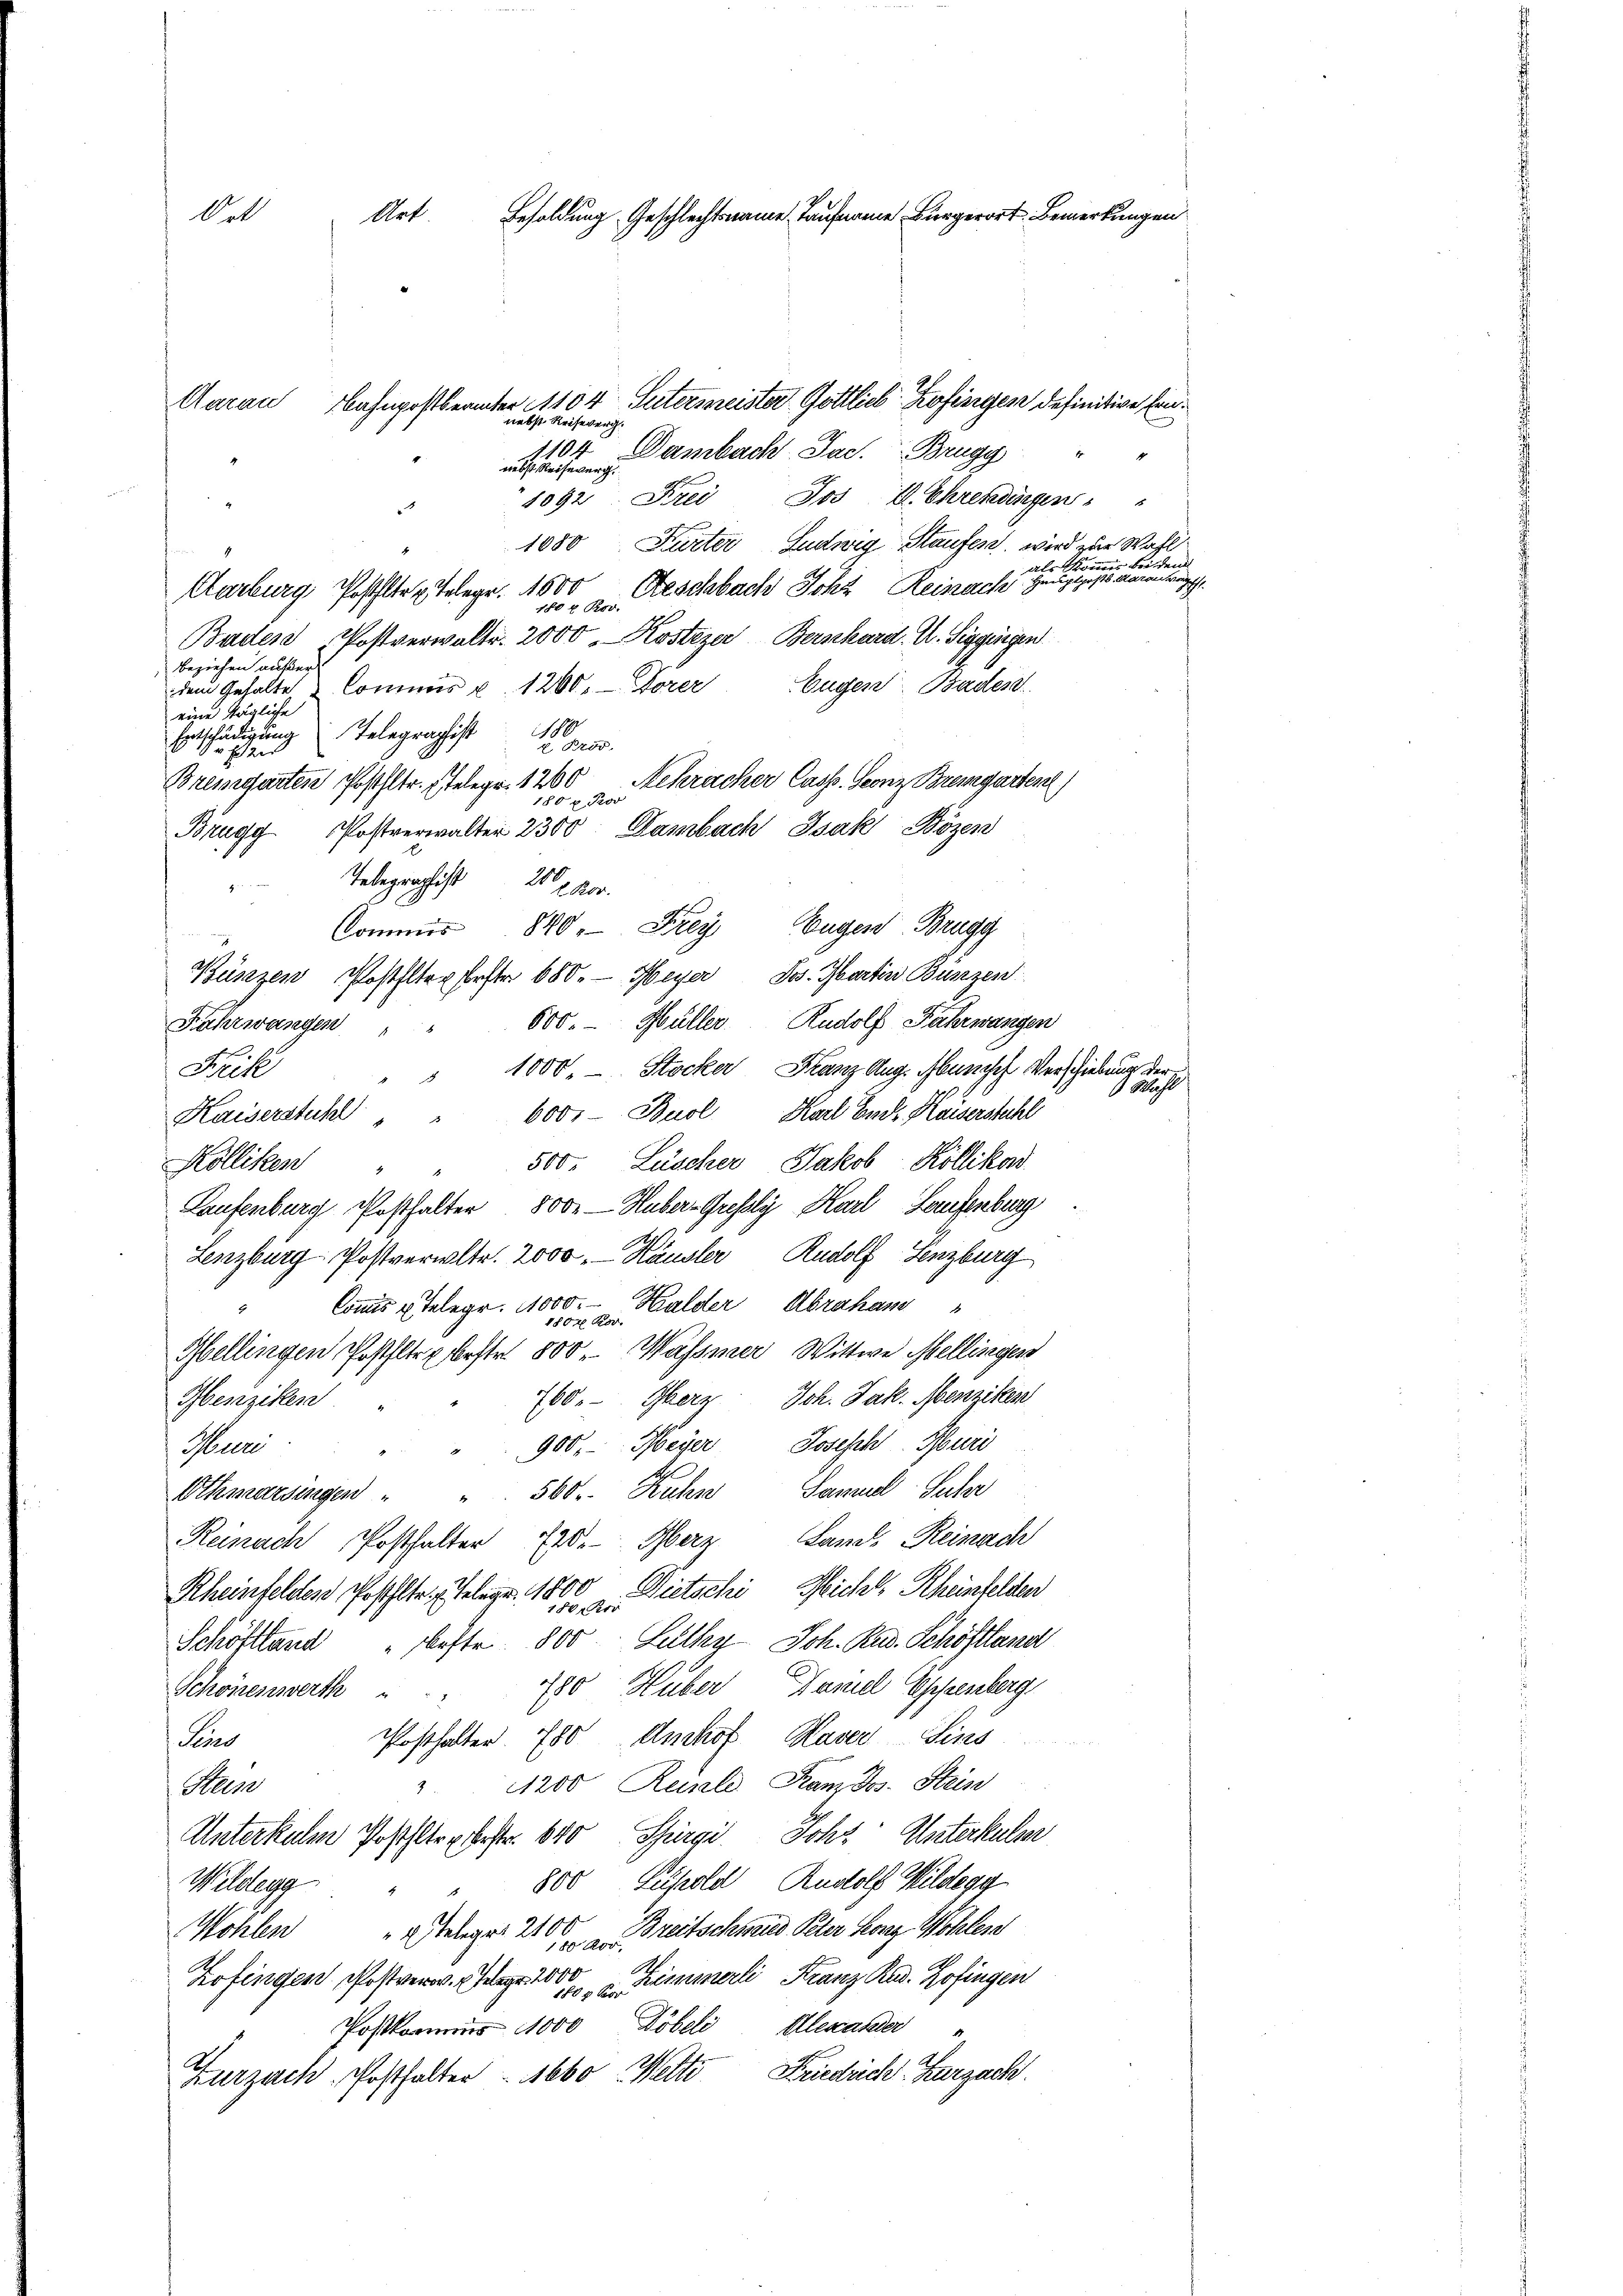
Art
Ort
Besoldung Geschlechtsname Taufname Bürgerort Bemerkungen
Aarau
bahnpostbeamter 1104 Sutermeister Gottlich Zofingen definitive han¬

nebst Reiseverg
1104 Dambach Jac. Brugg
nebst Reiseverg.
1092. Frei Jos L. Ehrendingen
1080 Karter Ludwig Staufes wird zur Wahl
als Komm
wör a. Reschabach Joh. Reinach Haupts veran
Aarburg Postler Telegr. 1000
Baden Postverwalte. 2000. Kostezer Berschard. A. Siggingen
beziehen auf der
Commis u. 1200. Forer Eugen Baden
dem Gehalte
eine tägliche
0
Telegraphist
nntschädigung
11
x Prod.
Eze
Bremgarten Posthltr. Telegr. 1260 Sekracher Cass. Geonz Bremgarten)
180 x Pro
Brugg Postverwalter 2300. Dambach Isak Bozen
Telegraphist 20 x Fr.
z
Commis 840. Frey Eugen Brugg
1
Bünzen Postflter fester 680. — Meyer Jos. Martin Bunzen
600. Hüller Rudolf Fahrwangen
Fahrwasagen
Freihe
" " 1000. - Stocker, Franz Aug. Mensch Verschiebung der
Kaiserstuhl " " 600.- Buol Karl Ende Kaiserstehl
500. Lüscher Jakob Kölliko
Kölliken
Laufenburg Posthalter 500.— Huber-Grefsly, Karl Laufenburg
Lenzburg Postverwltr. 2000. Häusler Rudolf Lenzburg
Commis u. Telegr. 1000.- Halder Abraham
Mellingen Posthlte bestr. 800 Wassner Wittwe Mellisegen
760.- Gherz. Joh. Jak. Menziken
Menziken
900.- Meyer Joseph Huri
Herre
Othmarsingen " " 560. Kuhn Samuel-Suhr
Land, Reinach
Reinach Posthalter 720. Herr
Rheinfelden Posthalte. Telegr. 1865 zu. Dietschi, Michl, Rheinfelden
Schöftand beste 800 Lüthy, Joh. Rud. Schöftland
780 Huber Damel Essenberg
Schönenwerth " "
Posthalter 780 Unchof Haver Sines
Faus
1200 Reisele Kam Jos. Stein
2
Stein
Unterkulm Posthete verstr. 640 Spirgi, Sohr Unterhalter
800 Püpold Rudolf Wildegg
Wildegg
" teleger 2100 Breitschmied Peter Leonz Wohlen
Wohlen
Zofingen Postverw. Wege 100 " Zimmerli, Franz Rad. Hofingen
Alexander
Postkommis 11000 Döbeli
Zurzach Posthalter - 1660 Welte Friedrich. Kurzach.

Wahl

bei den